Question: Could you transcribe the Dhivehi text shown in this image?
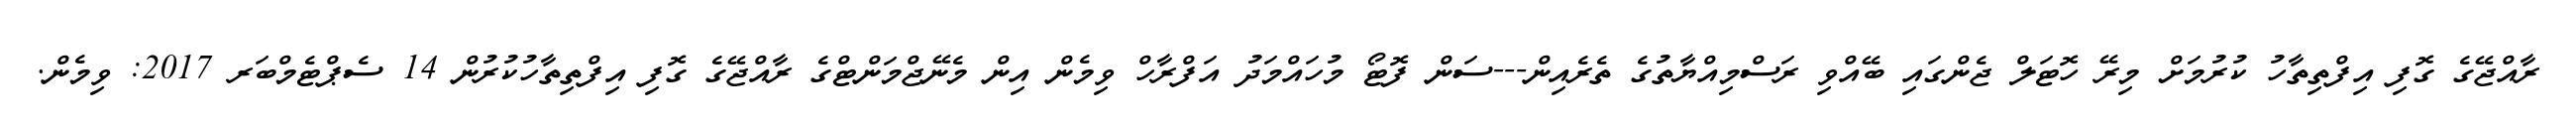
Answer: ރާއްޖޭގެ ގޮފި އިފްތިތާހު ކުރުމަށް މިރޭ ހޮޓަލް ޖެންގައި ބޭއްވި ރަސްމިއްޔާތުގެ ތެރެއިން---ސަން ފޮޓޯ މުހައްމަދު އަފްރާހް ވިމެން އިން މެނޭޖްމަންޓްގެ ރާއްޖޭގެ ގޮފި އިފްތިތާހުކުރުން 14 ސެޕްޓެމްބަރ 2017: ވިމެން.